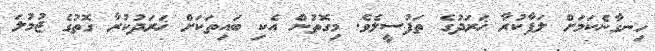
ހިނގާނެކަމަށް ލަފާކުރާ ޚަރަދުގެ ތަފުސީލެވެ. މިގޮތުން އެކި ބައިތަކަށް ޚަރަދުކުރާ ގޮތުގެ ޖުމުލަ